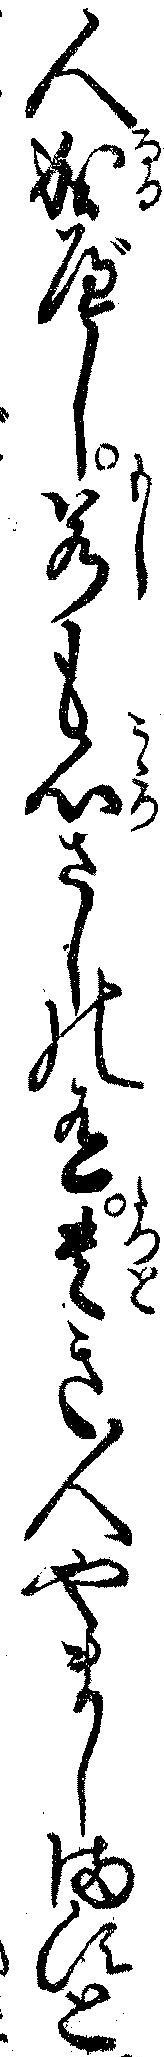
人成べし若も心さしの有貴き人やましますと